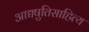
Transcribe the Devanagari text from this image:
आद्यषुतिसाहित्य